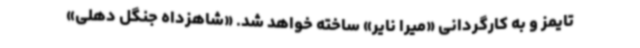
‌تایمز و به کارگردانی «میرا نایر» ساخته خواهد شد. «شاهزداه جنگل دهلی»